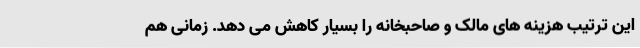
این ترتیب هزینه های مالک و صاحبخانه را بسیار کاهش می دهد. زمانی هم